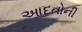
આદતોની